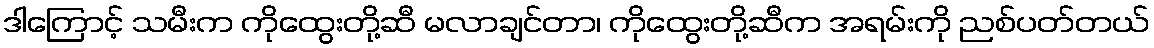
ဒါကြောင့် သမီးက ကိုထွေးတို့ဆီ မလာချင်တာ၊ ကိုထွေးတို့ဆီက အရမ်းကို ညစ်ပတ်တယ်